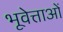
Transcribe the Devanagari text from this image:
भूवेत्ताओं